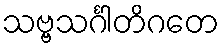
သဗ္ဗသင်္ဂါတိဂတေ